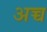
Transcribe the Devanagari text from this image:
अच्च